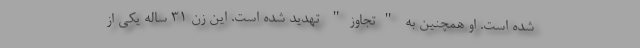
شده است. او همچنین به "تجاوز" تهدید شده است. این زن 31 ساله یکی از